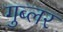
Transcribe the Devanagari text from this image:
गुब्लर